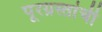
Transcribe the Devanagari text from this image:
पूरग्रस्तांची